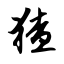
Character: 猹